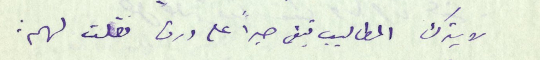
لا يترك المطاليب تبقى حبراً على ورق فقلت لهم: